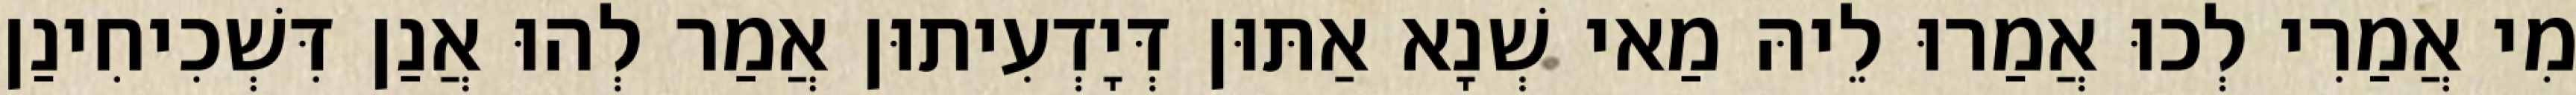
מִי אֲמַרִי לְכוּ אֲמַרוּ לֵיהּ מַאי שְׁנָא אַתּוּן דְּיָדְעִיתוּן אֲמַר לְהוּ אֲנַן דִּשְׁכִיחִינַן